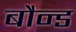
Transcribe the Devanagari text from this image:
बौन्ड